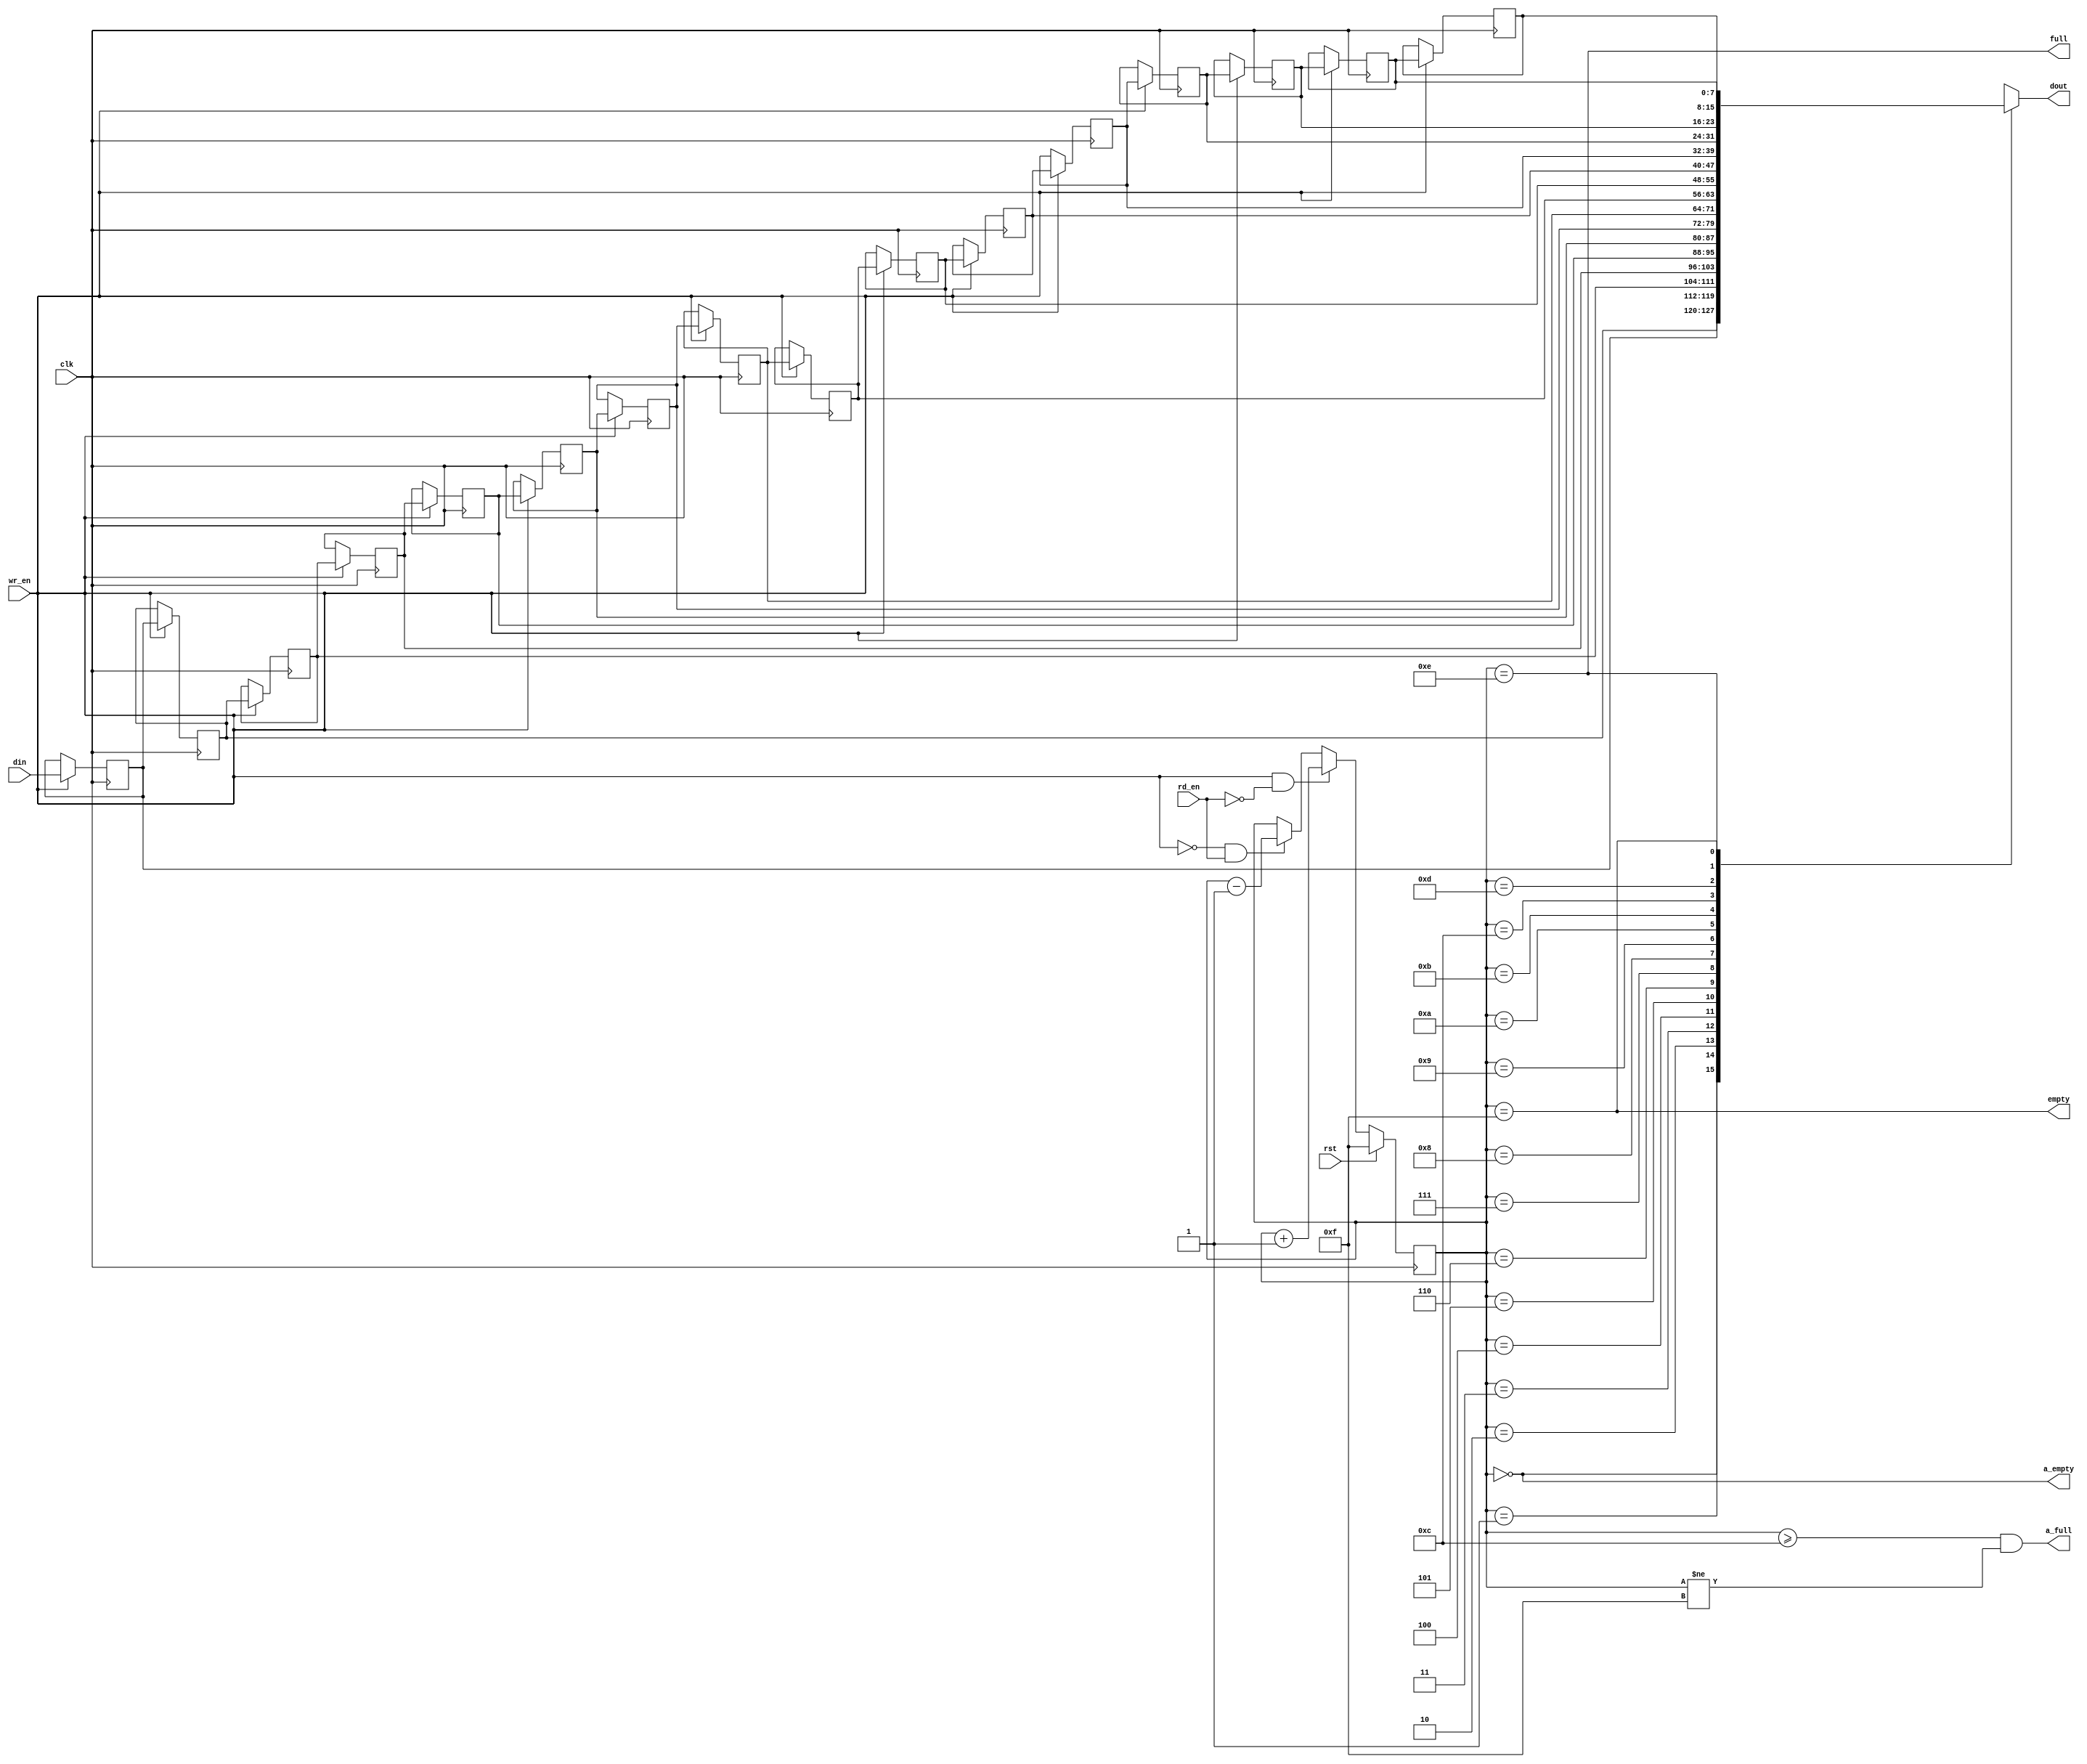
//-----------------------------------------------
// This is the simplest form of inferring the
// simple/SRL(16/32)CE in a Xilinx FPGA.
//-----------------------------------------------
`timescale 1ns / 100ps
`default_nettype none

(* DowngradeIPIdentifiedWarnings="yes" *) 
module axi_protocol_converter_v2_1_7_b2s_simple_fifo #
(
  parameter C_WIDTH  = 8,
  parameter C_AWIDTH = 4,
  parameter C_DEPTH  = 16
)
(
  input  wire               clk,       // Main System Clock  (Sync FIFO)
  input  wire               rst,       // FIFO Counter Reset (Clk
  input  wire               wr_en,     // FIFO Write Enable  (Clk)
  input  wire               rd_en,     // FIFO Read Enable   (Clk)
  input  wire [C_WIDTH-1:0] din,       // FIFO Data Input    (Clk)
  output wire [C_WIDTH-1:0] dout,      // FIFO Data Output   (Clk)
  output wire               a_full,
  output wire               full,      // FIFO FULL Status   (Clk)
  output wire               a_empty,
  output wire               empty      // FIFO EMPTY Status  (Clk)
);

///////////////////////////////////////
// FIFO Local Parameters
///////////////////////////////////////
localparam [C_AWIDTH-1:0] C_EMPTY = ~(0);
localparam [C_AWIDTH-1:0] C_EMPTY_PRE =  (0);
localparam [C_AWIDTH-1:0] C_FULL  = C_EMPTY-1;
localparam [C_AWIDTH-1:0] C_FULL_PRE  = (C_DEPTH < 8) ? C_FULL-1 : C_FULL-(C_DEPTH/8);
 
///////////////////////////////////////
// FIFO Internal Signals
///////////////////////////////////////
reg [C_WIDTH-1:0]  memory [C_DEPTH-1:0];
reg [C_AWIDTH-1:0] cnt_read;
  // synthesis attribute MAX_FANOUT of cnt_read is 10; 

///////////////////////////////////////
// Main simple FIFO Array
///////////////////////////////////////
always @(posedge clk) begin : BLKSRL
integer i;
  if (wr_en) begin
    for (i = 0; i < C_DEPTH-1; i = i + 1) begin
      memory[i+1] <= memory[i];
    end
    memory[0] <= din;
  end
end

///////////////////////////////////////
// Read Index Counter
// Up/Down Counter
//  *** Notice that there is no ***
//  *** OVERRUN protection.     ***
///////////////////////////////////////
always @(posedge clk) begin
  if (rst) cnt_read <= C_EMPTY;
  else if ( wr_en & !rd_en) cnt_read <= cnt_read + 1'b1;
  else if (!wr_en &  rd_en) cnt_read <= cnt_read - 1'b1;
end

///////////////////////////////////////
// Status Flags / Outputs
// These could be registered, but would
// increase logic in order to pre-decode
// FULL/EMPTY status.
///////////////////////////////////////
assign full  = (cnt_read == C_FULL);
assign empty = (cnt_read == C_EMPTY);
assign a_full  = ((cnt_read >= C_FULL_PRE) && (cnt_read != C_EMPTY));
assign a_empty = (cnt_read == C_EMPTY_PRE);

assign dout  = (C_DEPTH == 1) ? memory[0] : memory[cnt_read];

endmodule // axi_protocol_converter_v2_1_7_b2s_simple_fifo

`default_nettype wire